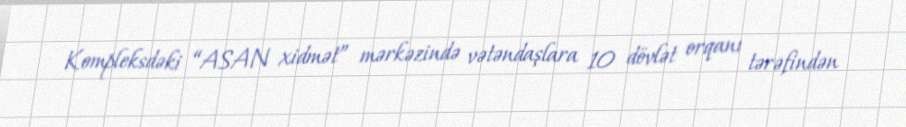
Kompleksdəki “ASAN xidmət” mərkəzində vətəndaşlara 10 dövlət orqanı tərəfindən